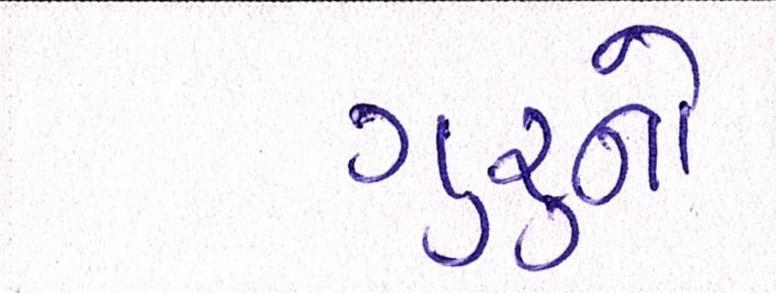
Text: ગુરૃનો